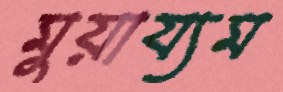
মুয়ায্যম